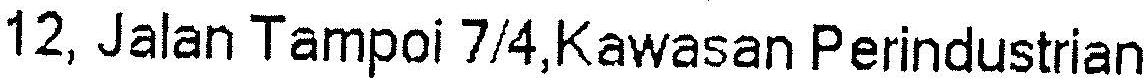
12, JALAN TAMPOI 7/4,KAWASAN PERINDUSTRIAN